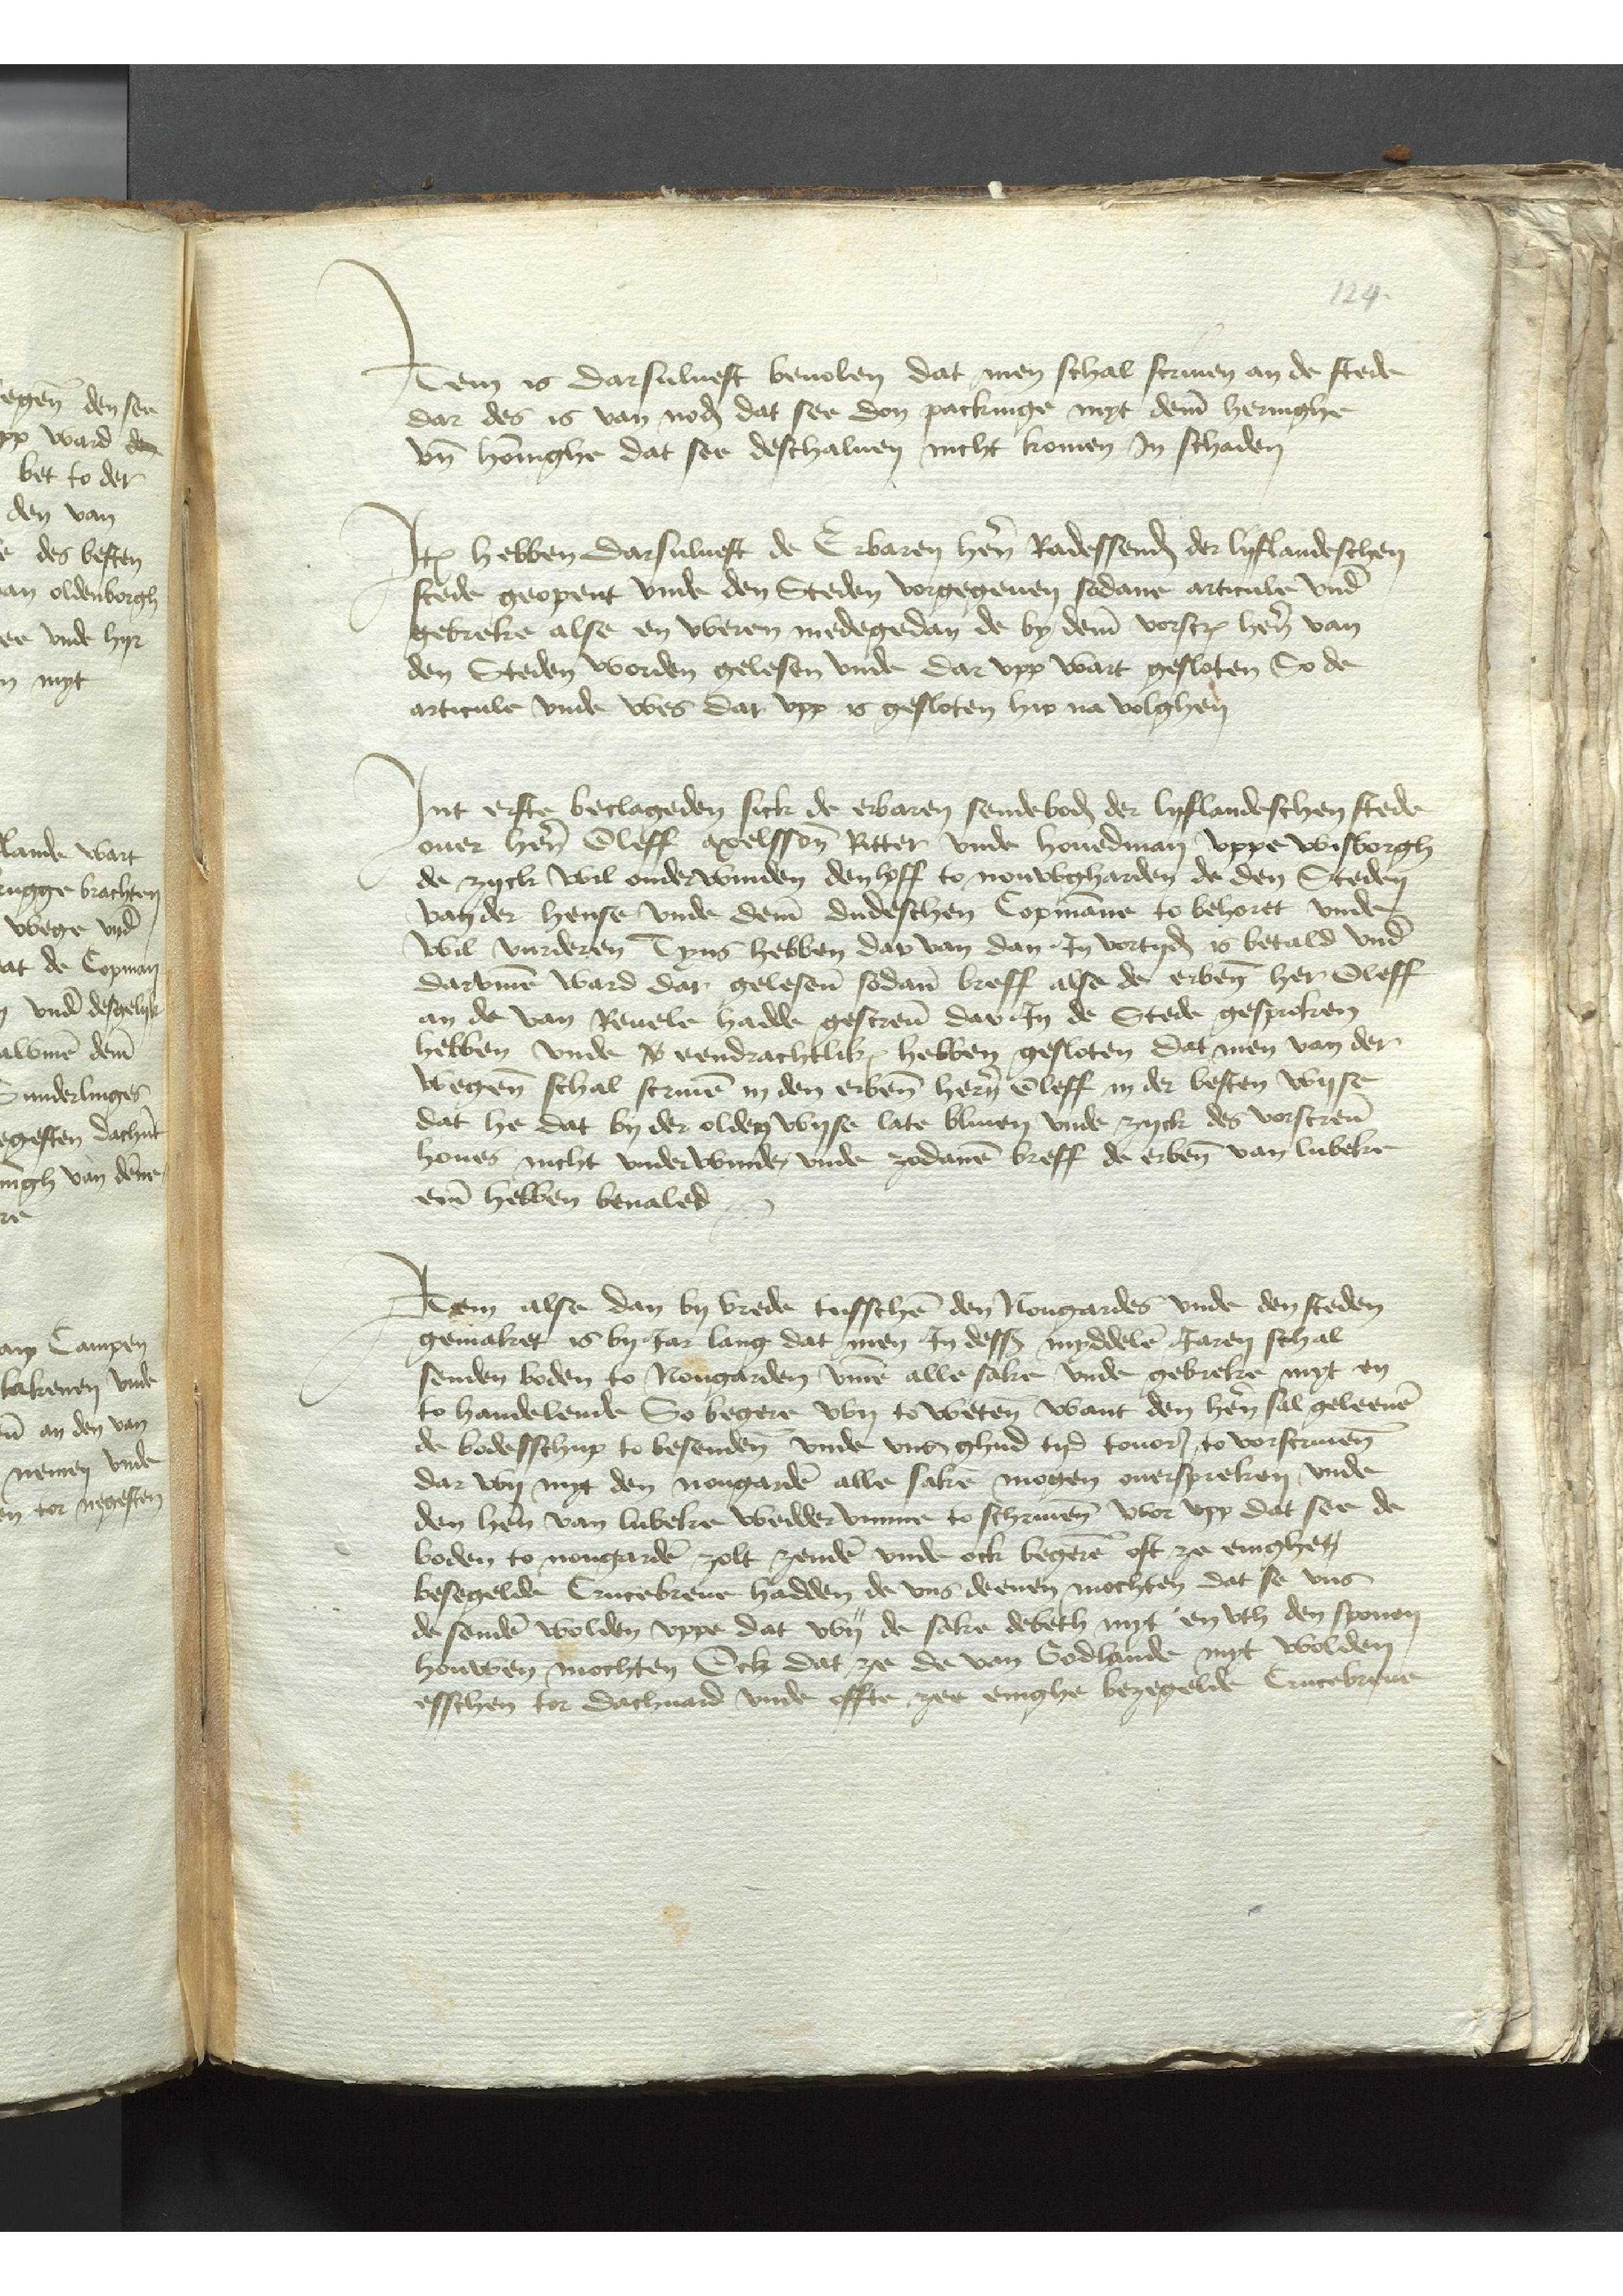
Jtem is darsuluest beuolen dat men schal scriuen an de stede
dar des is van nodes dat see don packinge myt deme heringhe
vnd honinghe dat see deschaluen nicht komen Jn schaden

Jtem hebben darsuluest de Erbaren heren Radessendeboden der lyflandeschen
stede geopent vnde den Steden vorgegeuen sodane articule vnd
gebreke alse en vberen medegedan de by deme vorscreuen heren van
den Steden worden gelesen vnde dar vpp wart gesloten So de
articule vnde Wes Dar vpp is gesloten hir na volghen

Jnt erste beclageden sick de erbaren sendeboden der lyflandeschen stede
ouer heren Oleff Axelssonn Ritter vnde Houedman Vppe Wisborgh
de zyck wil onderwinden den hoff to Nouwgharden de den Steden
van der hense vnde deme dudeschen Copmanne to behoret vnder
Wil vurderen Tyns hebben dar van dan Jn vortyden is betald vnd
darvmme ward dar gelesen sodan breff alse de erbenomeden her Oleff
an de van Reuele hadde gescreuen dar Jn de Stede gesproken
hebben vnde is endrachtlik hebben gesloten dat men van der
wegene schal scriuen in den erbenomeden heren Oleff in der besten wyse
dat he dat by der older wyse late bliuen vnde zyck des vorscreuen
houes nicht vnder winde vnde zedanen breff de erbenomden van Lubeke
enen hebben beualed

Jtem alse dan by vrede tusschen den Nougardes vnde den steden
gemaket is vij Jar lang dat men Jn dessen myddelen Jaren schal
senden boden to Nougarden vmme alle sake vnde gebreke myt en
to handelende So begere wy to weten want den heren sal geleeuen
de bodesschup to besenden vnde vns ghud tyd touorst to vorscreuenen
dar wy myt den Nougarden alle saken mogen ouerspreken vnde
den heren van Lubeke wedder vmme to schriuenen wor vpp dat see de
boden to Nougarden zolt zenden vnde ock begert oft zee enighe
besegelde Crucebreue hadden de vns deenen mochten dat se vns
de senden wolden vppe dat wy der sake debeth myt en vth den sponen
houwen mochten Ock dat ze de van Godlande myt wolden
esschen tor dachuard vnde effte zee enighe bezegelde Crucebreue